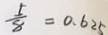
\frac { 5 } { 8 } = 0 . 6 2 5